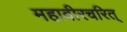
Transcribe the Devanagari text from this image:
महावीरचरित्